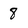
Character: 8